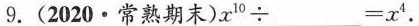
9.(2020·常熟期末)$$x^{10} \div ___ = x^{4}$$